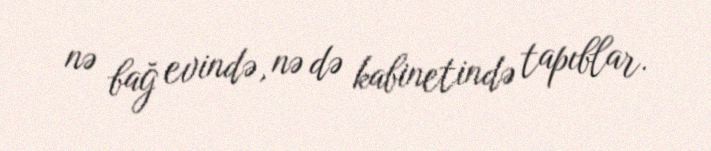
nə bağ evində, nə də kabinetində tapıblar.